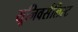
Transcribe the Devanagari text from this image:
यूनिवर्सलिस्ट